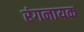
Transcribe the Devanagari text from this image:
रंगनायक